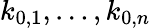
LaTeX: k_{0,1},\ldots,k_{0,n}